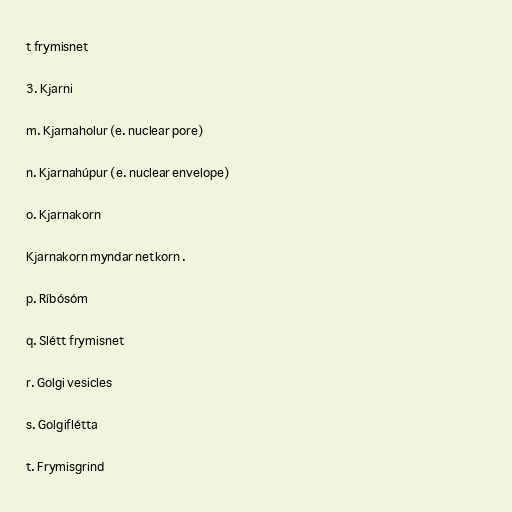
t frymisnet

3. Kjarni

m. Kjarnaholur (e. nuclear pore)

n. Kjarnahúpur (e. nuclear envelope)

o. Kjarnakorn

Kjarnakorn myndar netkorn .

p. Ríbósóm

q. Slétt frymisnet

r. Golgi vesicles

s. Golgiflétta

t. Frymisgrind